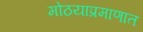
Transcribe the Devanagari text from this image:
मोठयाप्रमाणात